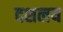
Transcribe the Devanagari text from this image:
दशलय